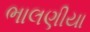
ભાલણીયા